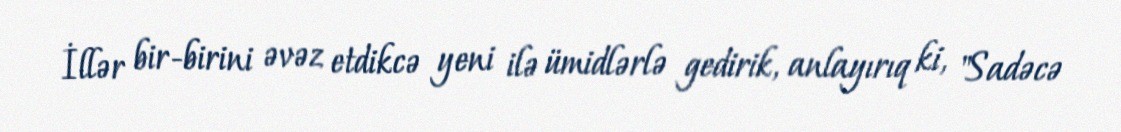
İllər bir-birini əvəz etdikcə yeni ilə ümidlərlə gedirik, anlayırıq ki, "Sadəcə